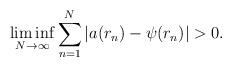
LaTeX: \begin{align*} \liminf_{N \to \infty} \sum_{n=1}^N |a(r_n) - \psi(r_n)| > 0. \end{align*}